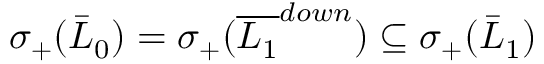
\sigma _ { + } ( \bar { L } _ { 0 } ) = \sigma _ { + } ( \overline { { L _ { 1 } } } ^ { d o w n } ) \subseteq \sigma _ { + } ( \bar { L } _ { 1 } )